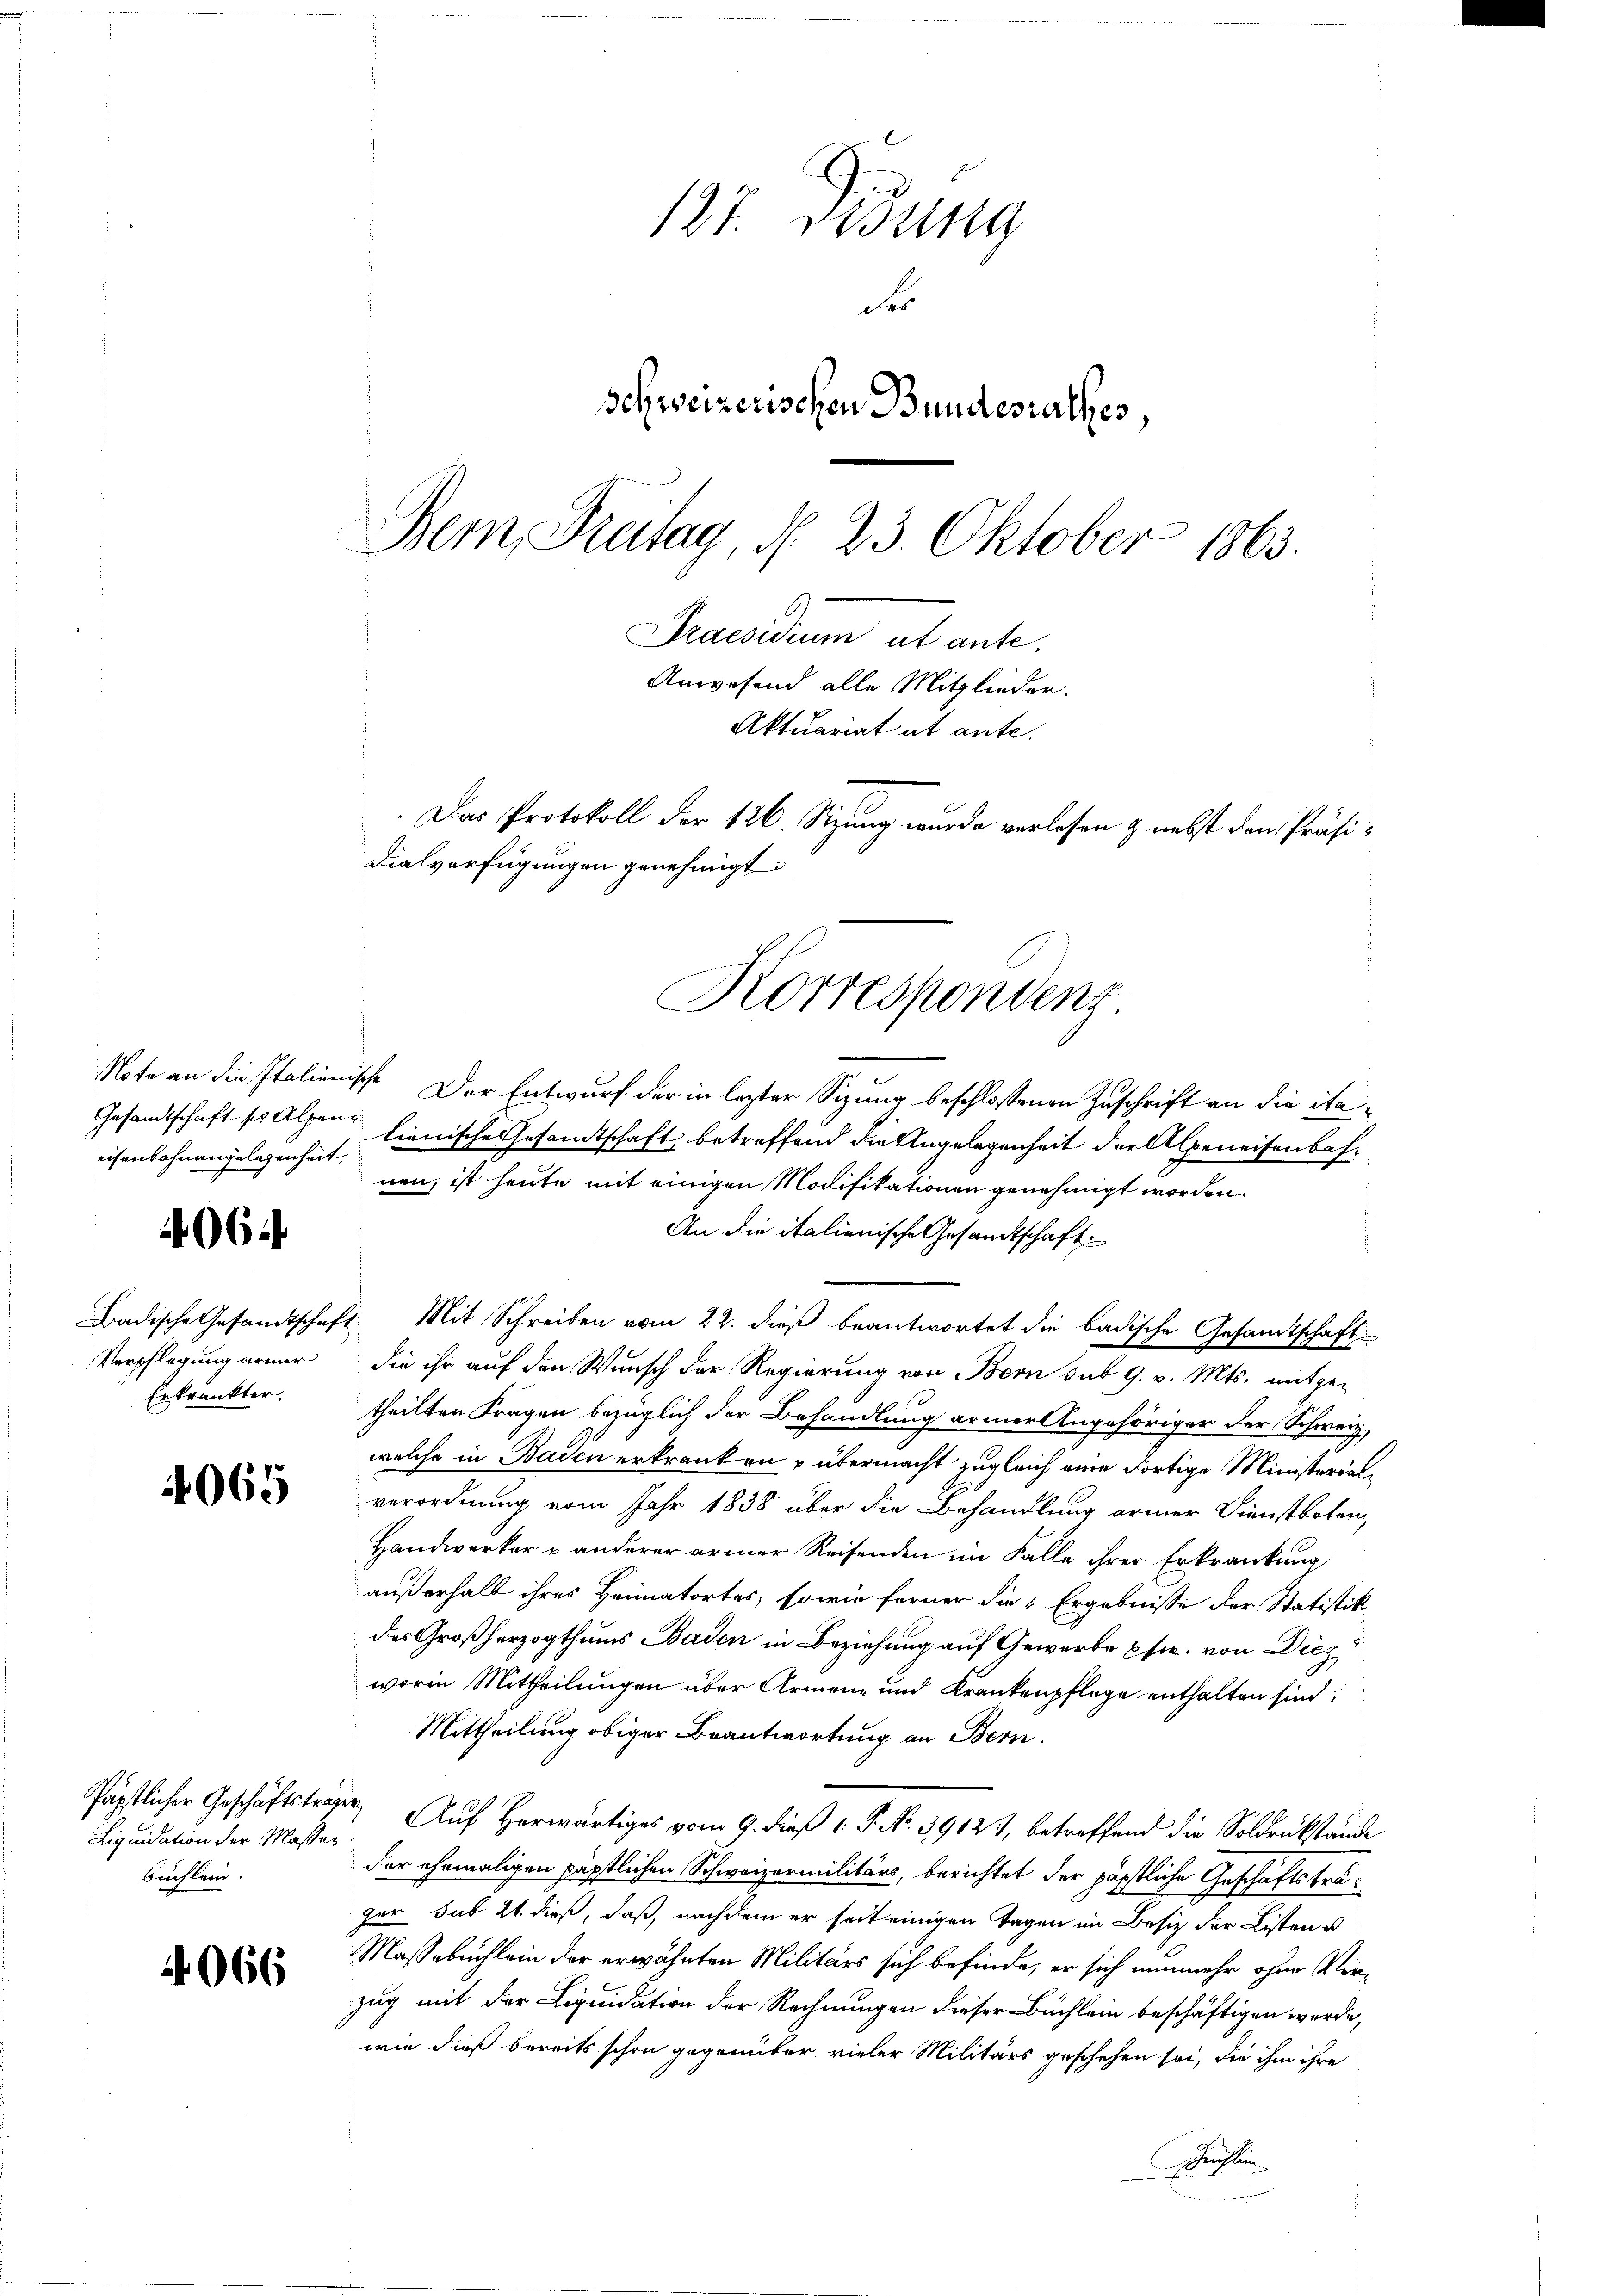
eisenbahnangelegenheit.

4064

Verpflegung armer
Erkränkter.

4065

Liquidation der Masser
buchlein.

4066

137. Didung
der
Schweizerischen Bundesrathes,
Bem Freitag, d. 23. Oktober 1863.
Praesidium ab ante.
Arwesend alle Mitglieder.
Aktuariat ut ante.
Das Protokoll der 126. Sitzung wurde verlesen & nebst den Präsidialverfügungen genehmigt

Korrespondenz

Note an die Italienische Der Entwurf der in lezter Sizung beschlossenen Zuschrift an die ita¬
Gesandtschaft so Alpen lienische Gesandtschaft betreffend die Angelegenheit der Alpeneisenbahnen, ist heute mit einigen Modifikationen genehmigt worden.
An die italienische Gesandtschaft
Badische Gesandtschaft Mit Schreiben vom 22. dieß beantwortet die badische Gesandtschaft
die ihr auf den Wunsch der Regierung von Bern sub 9. v. Mts. mitgetheilten Fragen bezüglich der Behandlung armer Angehöriger der Schweiz,
welche in Baden erkranken u übermacht zugleich eine dortige Ministerialverordnung vom Jahr 1838 über die Behandlung armer Dienstboten,
Handwerker u anderer armer Reisenden im Falle ihrer Erkrankung
außerhalb ihres Heimatortes, sowie ferner die Ergebnisse der Statistik
des Großherzogthums Baden in Beziehung auf Gewerbe sie von Diez
worin Mittheilungen über Armen- und Krankenpflege enthalten sind.
Mittheilung obiger Beantwortung an Bern.
Päpstlicher Geschäftsträger Auf Herwärtiges vom 9. dieß P. No. 39127, betreffend die Soldrückstände
der ehemaligen päpstlichen Schweizermilitärs, berichtet der päpstliche Geschäftsträger sub 21. dieß, daß, nachdem er seit einigen Tagen im Besitz der Listen u
Massebuchlein der erwähnten Militärs sich befinde, er sich nunmehr ohne Verzug mit der Liquidation der Rechnungen dieser Büchlein beschäftigen werde,
wie dieß bereits schon gegenüber vieler Militärs geschehen sei, die ihm ihre
Füchsen